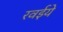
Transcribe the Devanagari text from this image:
रवईये